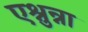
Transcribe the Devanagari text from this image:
एश्नुन्ना